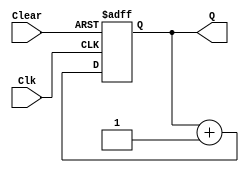
module FourBitUpCounter(Clk, Clear, Q);
	input Clk, Clear;
	output reg [3:0] Q;
	
	always @ (posedge Clk or posedge Clear) begin
		if (Clear)
			Q = 4'b0000;
		else
			Q = Q + 1'b1;
	end
endmodule